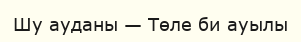
Шу ауданы — Төле би ауылы